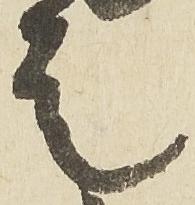
走